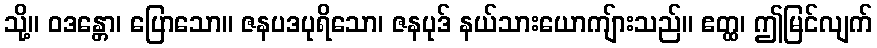
သို့။ ဝဒန္တော၊ ပြောသော။ ဇနပဒပုရိသော၊ ဇနပုဒ် နယ်သားယောကျ်ားသည်။ ဧတ္ထ၊ ဤမြင်လျက်